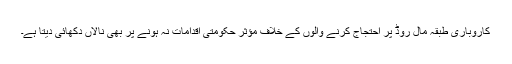
کاروباری طبقہ مال روڈ پر احتجاج کرنے والوں کے خلاف مؤثر حکومتی اقدامات نہ ہونے پر بھی نالاں دکھائی دیتا ہے۔